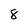
Character: 8